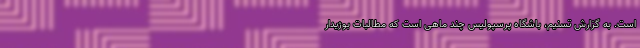
است. به گزارش تسنیم، باشگاه پرسپولیس چند ماهی است که مطالبات بوژیدار